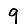
Digit: 9